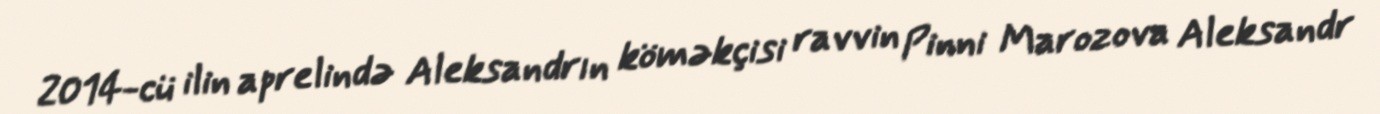
2014-cü ilin aprelində Aleksandrın köməkçisi ravvin Pinni Marozova Aleksandr